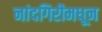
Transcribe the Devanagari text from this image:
नांदगिरीमधून